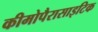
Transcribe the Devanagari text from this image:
कीमोपैरासाइटिक